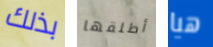
بذلك أطلقها هيا